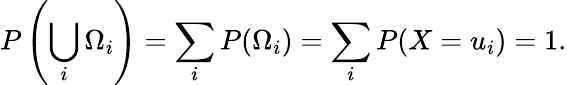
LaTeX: P\left(\bigcup_{i}\Omega_{i}\right)=\sum_{i}P(\Omega_{i})=\sum_{i}P(X=u_{i})=1.